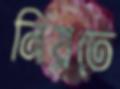
নিয়তে